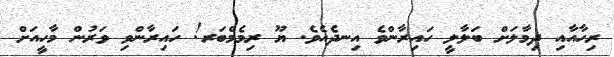
ރިހާއާއި ދިމާލަށް ބަލާލީ ހައިރާންވެ އިނދެއެވެ. ޔޫ ރިމެމްބަރ! ހައިރާންވި ވަރުން މާހީއަށް